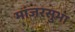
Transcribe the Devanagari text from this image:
मांजरसुभा